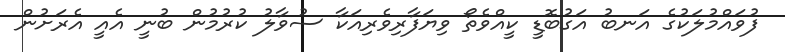
ފުވައްމުލަކުގެ އަނބު އަގުބޮޑީ ކީއްްވެތޯ ވިޔަފާރިވެރިއަކާ ސުވާލު ކުރުމުން ބުނީ އެއީ އެރަށުން